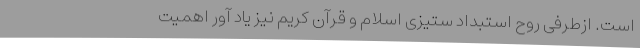
است. ازطرفی روح استبداد ستیزی اسلام و قرآن کریم نیز یاد آور اهمیت